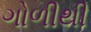
ગોળીથી